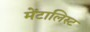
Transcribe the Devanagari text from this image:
मेंटालिस्ट